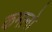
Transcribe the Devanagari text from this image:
कमानो